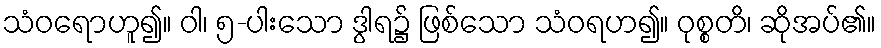
သံဝရောဟူ၍။ ဝါ၊ ၅-ပါးသော ဒွါရ၌ ဖြစ်သော သံဝရဟ၍။ ဝုစ္စတိ၊ ဆိုအပ်၏။